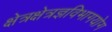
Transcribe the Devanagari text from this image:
क्षेत्रक्षेत्रज्ञविभागयोग